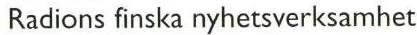
Radions finska nyhetsverksamhet